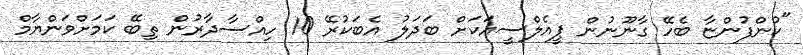
"ކުންފުންޏާ ބެހޭ ގާނޫނުން ޕީއެލްސީއަކަށް ބަދަލު އެބަކުރޭ 10 ހިއްސާދާރުން ތިބޭ ކަމަށްވަންޔާމް